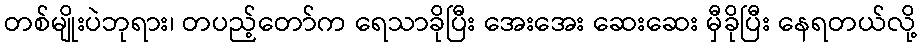
တစ်မျိုးပဲဘုရား၊ တပည့်တော်က ရေသာခိုပြီး အေးအေး ဆေးဆေး မှီခိုပြီး နေရတယ်လို့